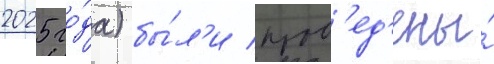
2025 го́да) бы́л'и пров'ед'ены́